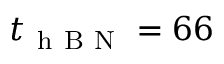
t _ { \mathrm { ~ h ~ B ~ N ~ } } = 6 6